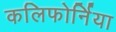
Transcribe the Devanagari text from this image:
कलिफोर्निया